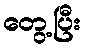
တွေ့ပြီး